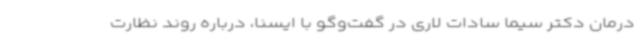
درمان دکتر سیما سادات لاری در گفت‌وگو با ایسنا، درباره روند نظارت